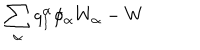
\sum _ { \alpha } q _ { I } ^ { \alpha } \phi _ { \alpha } W _ { \alpha } - W